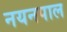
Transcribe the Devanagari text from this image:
नयनपाल